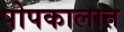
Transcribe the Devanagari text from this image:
पोपकालात